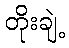
တိုးချဲ့